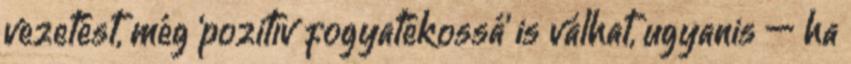
vezetést, még ‘pozitív fogyatékossá’ is válhat, ugyanis — ha